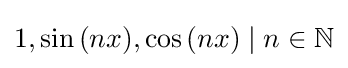
1,\sin {(nx)},\cos {(nx)}\mid n\in \mathbb {N}